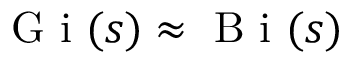
\mathrm { ~ G ~ i ~ } ( s ) \approx \mathrm { ~ B ~ i ~ } ( s )